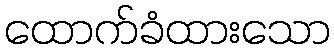
ထောက်ခံထားသော